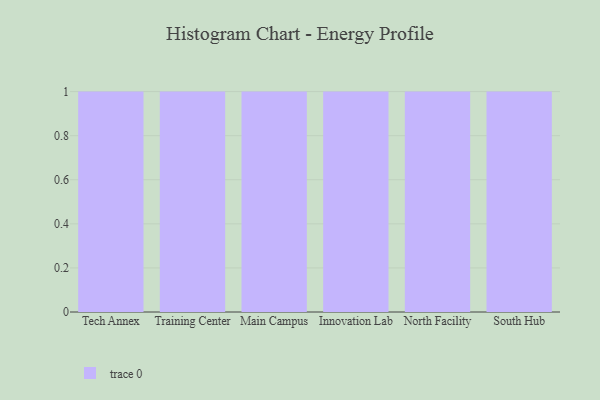
{"axis": {"x": "Campus", "y": "Operating Costs (USD K)"}, "legend": [""], "data": [{"x": "Tech Annex", "y": 5, "type": ""}, {"x": "Training Center", "y": 37, "type": ""}, {"x": "Main Campus", "y": 71, "type": ""}, {"x": "Innovation Lab", "y": 27, "type": ""}, {"x": "North Facility", "y": 25, "type": ""}, {"x": "South Hub", "y": 28, "type": ""}]}